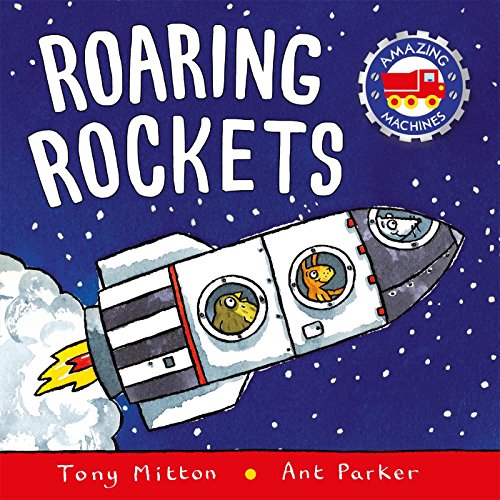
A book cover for Roaring Rockets (Amazing Machines); Tony Mitton; Children's Books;